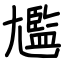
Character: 尷